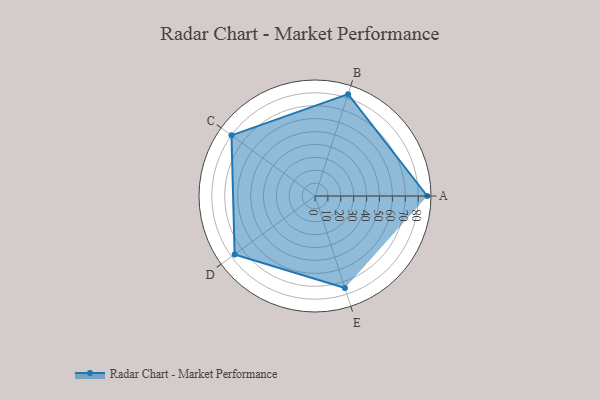
{"axis": {"x": "Skill", "y": "Score"}, "legend": ["Profile"], "data": [{"x": "A", "y": 87.0, "type": "Profile"}, {"x": "B", "y": 83.0, "type": "Profile"}, {"x": "C", "y": 80.0, "type": "Profile"}, {"x": "D", "y": 77.0, "type": "Profile"}, {"x": "E", "y": 75.0, "type": "Profile"}]}